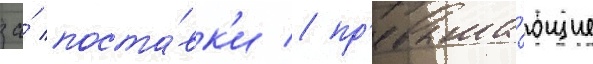
за́ поста́вк'и / пр'евыша́ющие